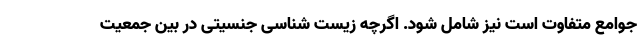
جوامع متفاوت است نیز شامل شود. اگرچه زیست شناسی جنسیتی در بین جمعیت